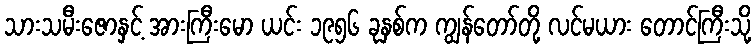
သားသမီးဇောနှင့် အားကြီးမော ယင်း ၁၉၅၆ ခုနှစ်က ကျွန်တော်တို့ လင်မယား တောင်ကြီးသို့